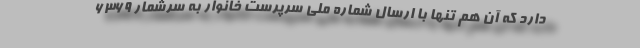
دارد که آن هم تنها با ارسال شماره ملی سرپرست خانوار به سرشمار ۶۳۶۹